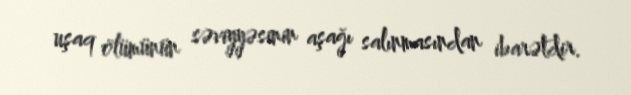
uşaq ölümünün səviyyəsinin aşağı salınmasından ibarətdir.